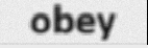
obey